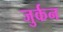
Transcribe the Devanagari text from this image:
जुर्कन